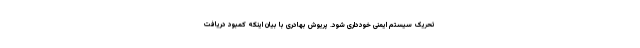
تحریک سیستم ایمنی خودداری شود. پریوش بهادری با بیان اینکه کمبود دریافت